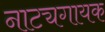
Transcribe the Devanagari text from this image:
नाट्यगायक